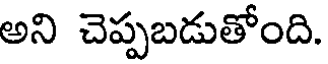
అని చెప్పబడుతోంది.